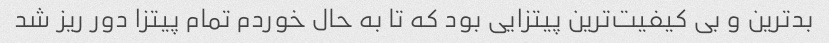
بدترین و بی کیفیت‌ترین پیتزایی بود که تا به حال خوردم تمام پیتزا دور ریز شد